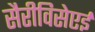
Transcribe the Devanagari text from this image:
सैरीविसेएई